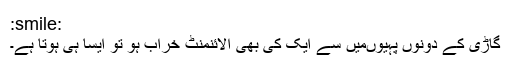
:smile:
گاڑی کے دونوں پہیوں‌میں سے ایک کی بھی الائنمنٹ خراب ہو تو ایسا ہی ہوتا ہے۔